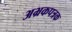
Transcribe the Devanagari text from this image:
अभ्रकपत्रक